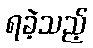
ရခဲ့သည့်